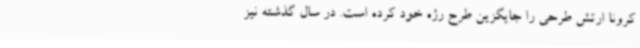
کرونا ارتش طرحی را جایگزین طرح رژه خود کرده‌ است. در سال گذشته نیز